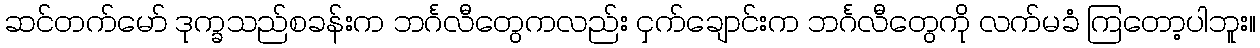
ဆင်တက်မော် ဒုက္ခသည်စခန်းက ဘင်္ဂလီတွေကလည်း ငှက်ချောင်းက ဘင်္ဂလီတွေကို လက်မခံ ကြတော့ပါဘူး။